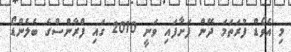
މި އެވޯޑް ފުރަތަމަ ދޭން ފަށާފައި ވަނީ 2010 ގައި ފްރާންސްގެ ބެލެންޑޯ